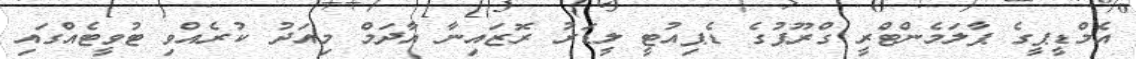
އެމްޑީޕީގެ ޕާލަމެންޓްރީ ގްރޫޕުގެ ޑެޕިއުޓީ ލީޑަރު ރޮޒައިނާ އާދަމް މިއަދު ކުރެއްވި ޓުވީޓެއްގައި